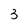
Character: 3